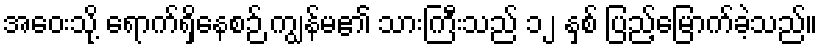
အဝေးသို့ ရောက်ရှိနေစဉ် ကျွန်မ၏ သားကြီးသည် ၁၂ နှစ် ပြည့်မြောက်ခဲ့သည်။